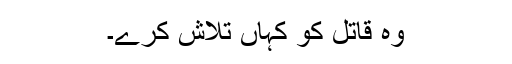
وہ قاتل کو کہاں تلاش کرے۔